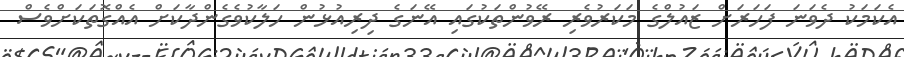
އެކަމަކު ދެވަނަ ފަހަރަށް ޒައުލްގެ މަކަރުވެރި ރޭވުންތަކުގައި އޭނަގެ ދިރިއުޅުން ހަލާކުވެގެންދާކަށް އެއްގޮތަކަށްވެސް